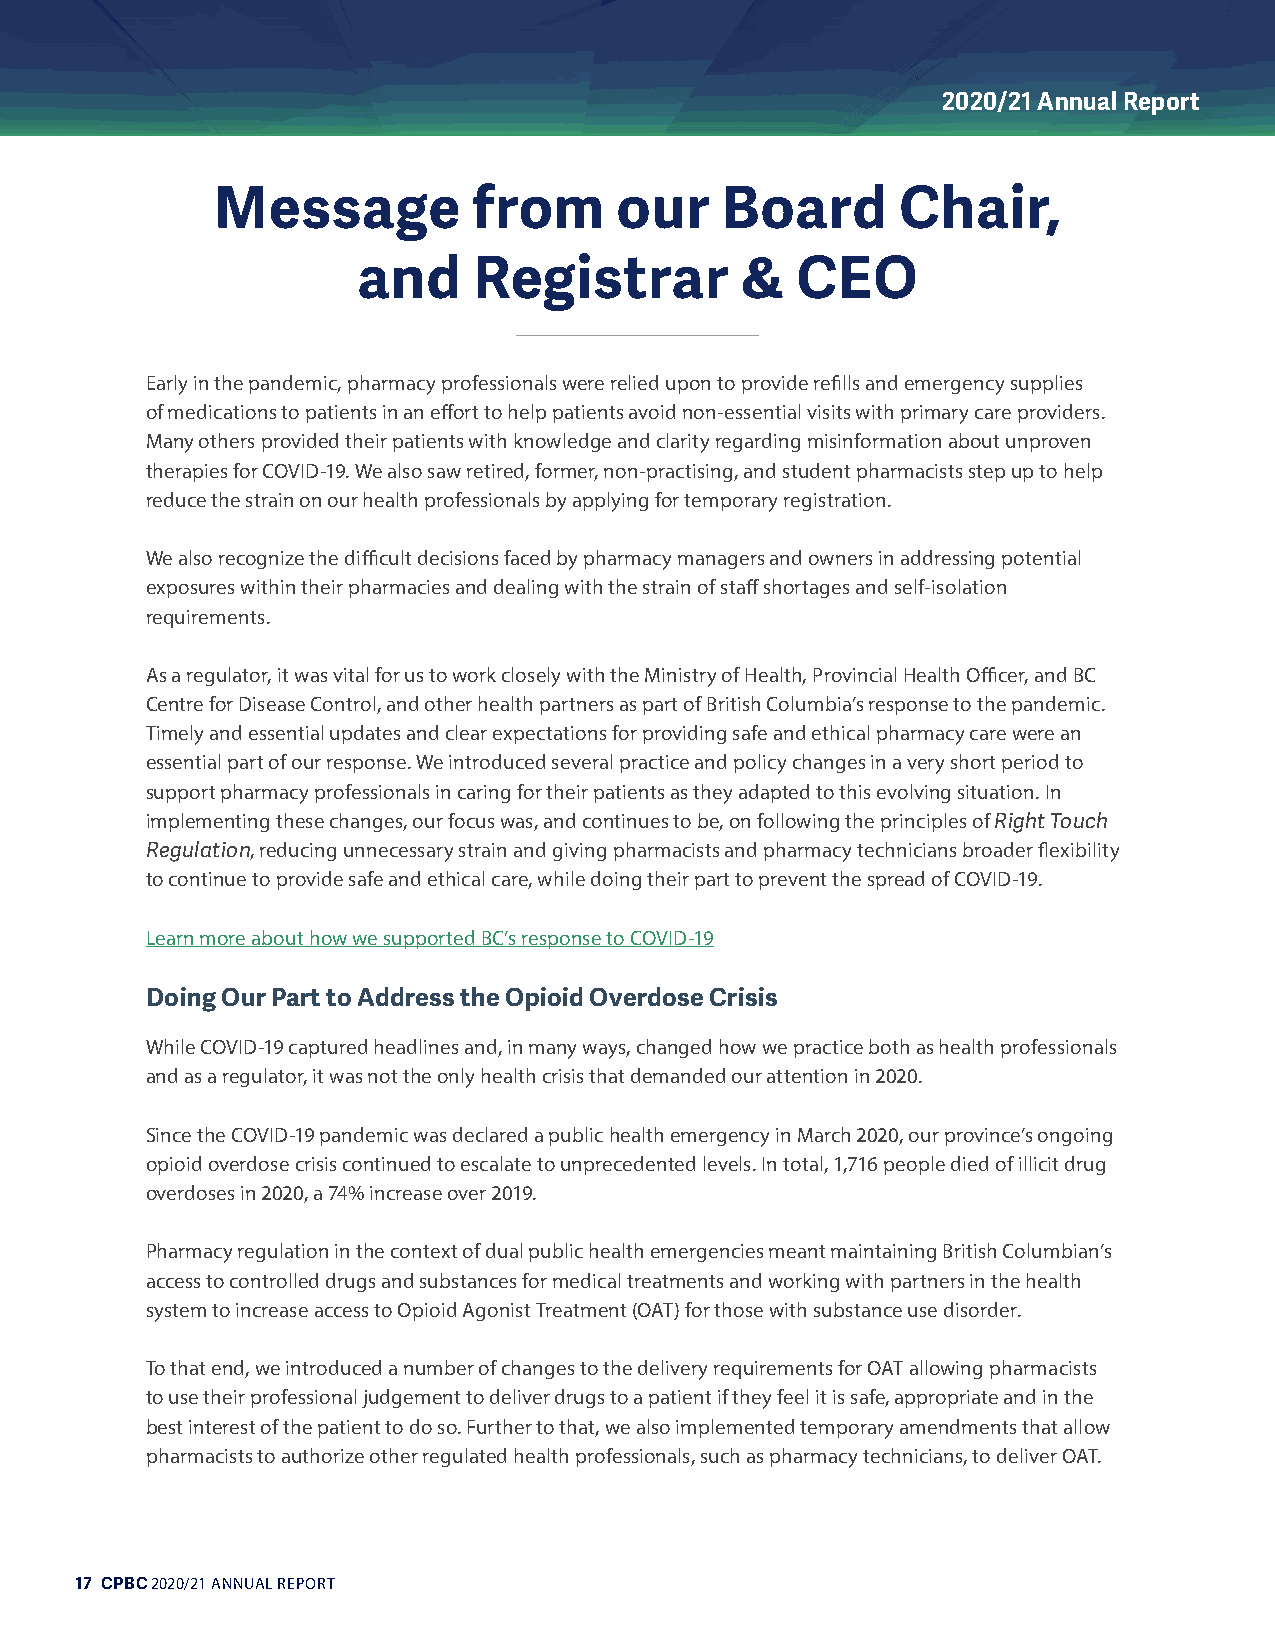
2020/21 Annual Report
 Message          from      our    Board       Chair,
 and    Registrar         &   CEO
 Early in the pandemic, pharmacy professionals were relied upon to provide refills and emergency supplies
 of medications to patients in an effort to help patients avoid non-essential visits with primary care providers.
 Many others provided their patients with knowledge and clarity regarding misinformation about unproven
 therapies for COVID-19. We also saw retired, former, non-practising, and student pharmacists step up to help
 reduce the strain on our health professionals by applying for temporary registration.
 We also recognize the difficult decisions faced by pharmacy managers and owners in addressing potential
 exposures within their pharmacies and dealing with the strain of staff shortages and self-isolation
 requirements.
 As a regulator, it was vital for us to work closely with the Ministry of Health, Provincial Health Officer, and BC
 Centre for Disease Control, and other health partners as part of British Columbia’s response to the pandemic.
 Timely and essential updates and clear expectations for providing safe and ethical pharmacy care were an
 essential part of our response. We introduced several practice and policy changes in a very short period to
 support pharmacy professionals in caring for their patients as they adapted to this evolving situation. In
 implementing these changes, our focus was, and continues to be, on following the principles of Right Touch
 Regulation, reducing unnecessary strain and giving pharmacists and pharmacy technicians broader flexibility
 to continue to provide safe and ethical care, while doing their part to prevent the spread of COVID-19.
 Learn more about how we supported BC’s response to COVID-19
 Doing Our Part to Address the Opioid Overdose Crisis
 While COVID-19 captured headlines and, in many ways, changed how we practice both as health professionals
 and as a regulator, it was not the only health crisis that demanded our attention in 2020.
 Since the COVID-19 pandemic was declared a public health emergency in March 2020, our province’s ongoing
 opioid overdose crisis continued to escalate to unprecedented levels. In total, 1,716 people died of illicit drug
 overdoses in 2020, a 74% increase over 2019.
 Pharmacy regulation in the context of dual public health emergencies meant maintaining British Columbian’s
 access to controlled drugs and substances for medical treatments and working with partners in the health
 system to increase access to Opioid Agonist Treatment (OAT) for those with substance use disorder.
 To that end, we introduced a number of changes to the delivery requirements for OAT allowing pharmacists
 to use their professional judgement to deliver drugs to a patient if they feel it is safe, appropriate and in the
 best interest of the patient to do so. Further to that, we also implemented temporary amendments that allow
 pharmacists to authorize other regulated health professionals, such as pharmacy technicians, to deliver OAT.
 17 CPBC 2020/21 ANNUAL REPORT